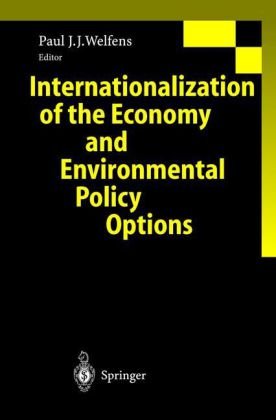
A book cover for Internationalization of the Economy and Environmental Policy Options; Business & Money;